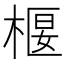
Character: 椻